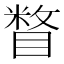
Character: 𰥼